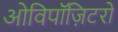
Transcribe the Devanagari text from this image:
ओविपॉज़िटरों